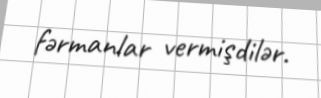
fərmanlar vermişdilər.